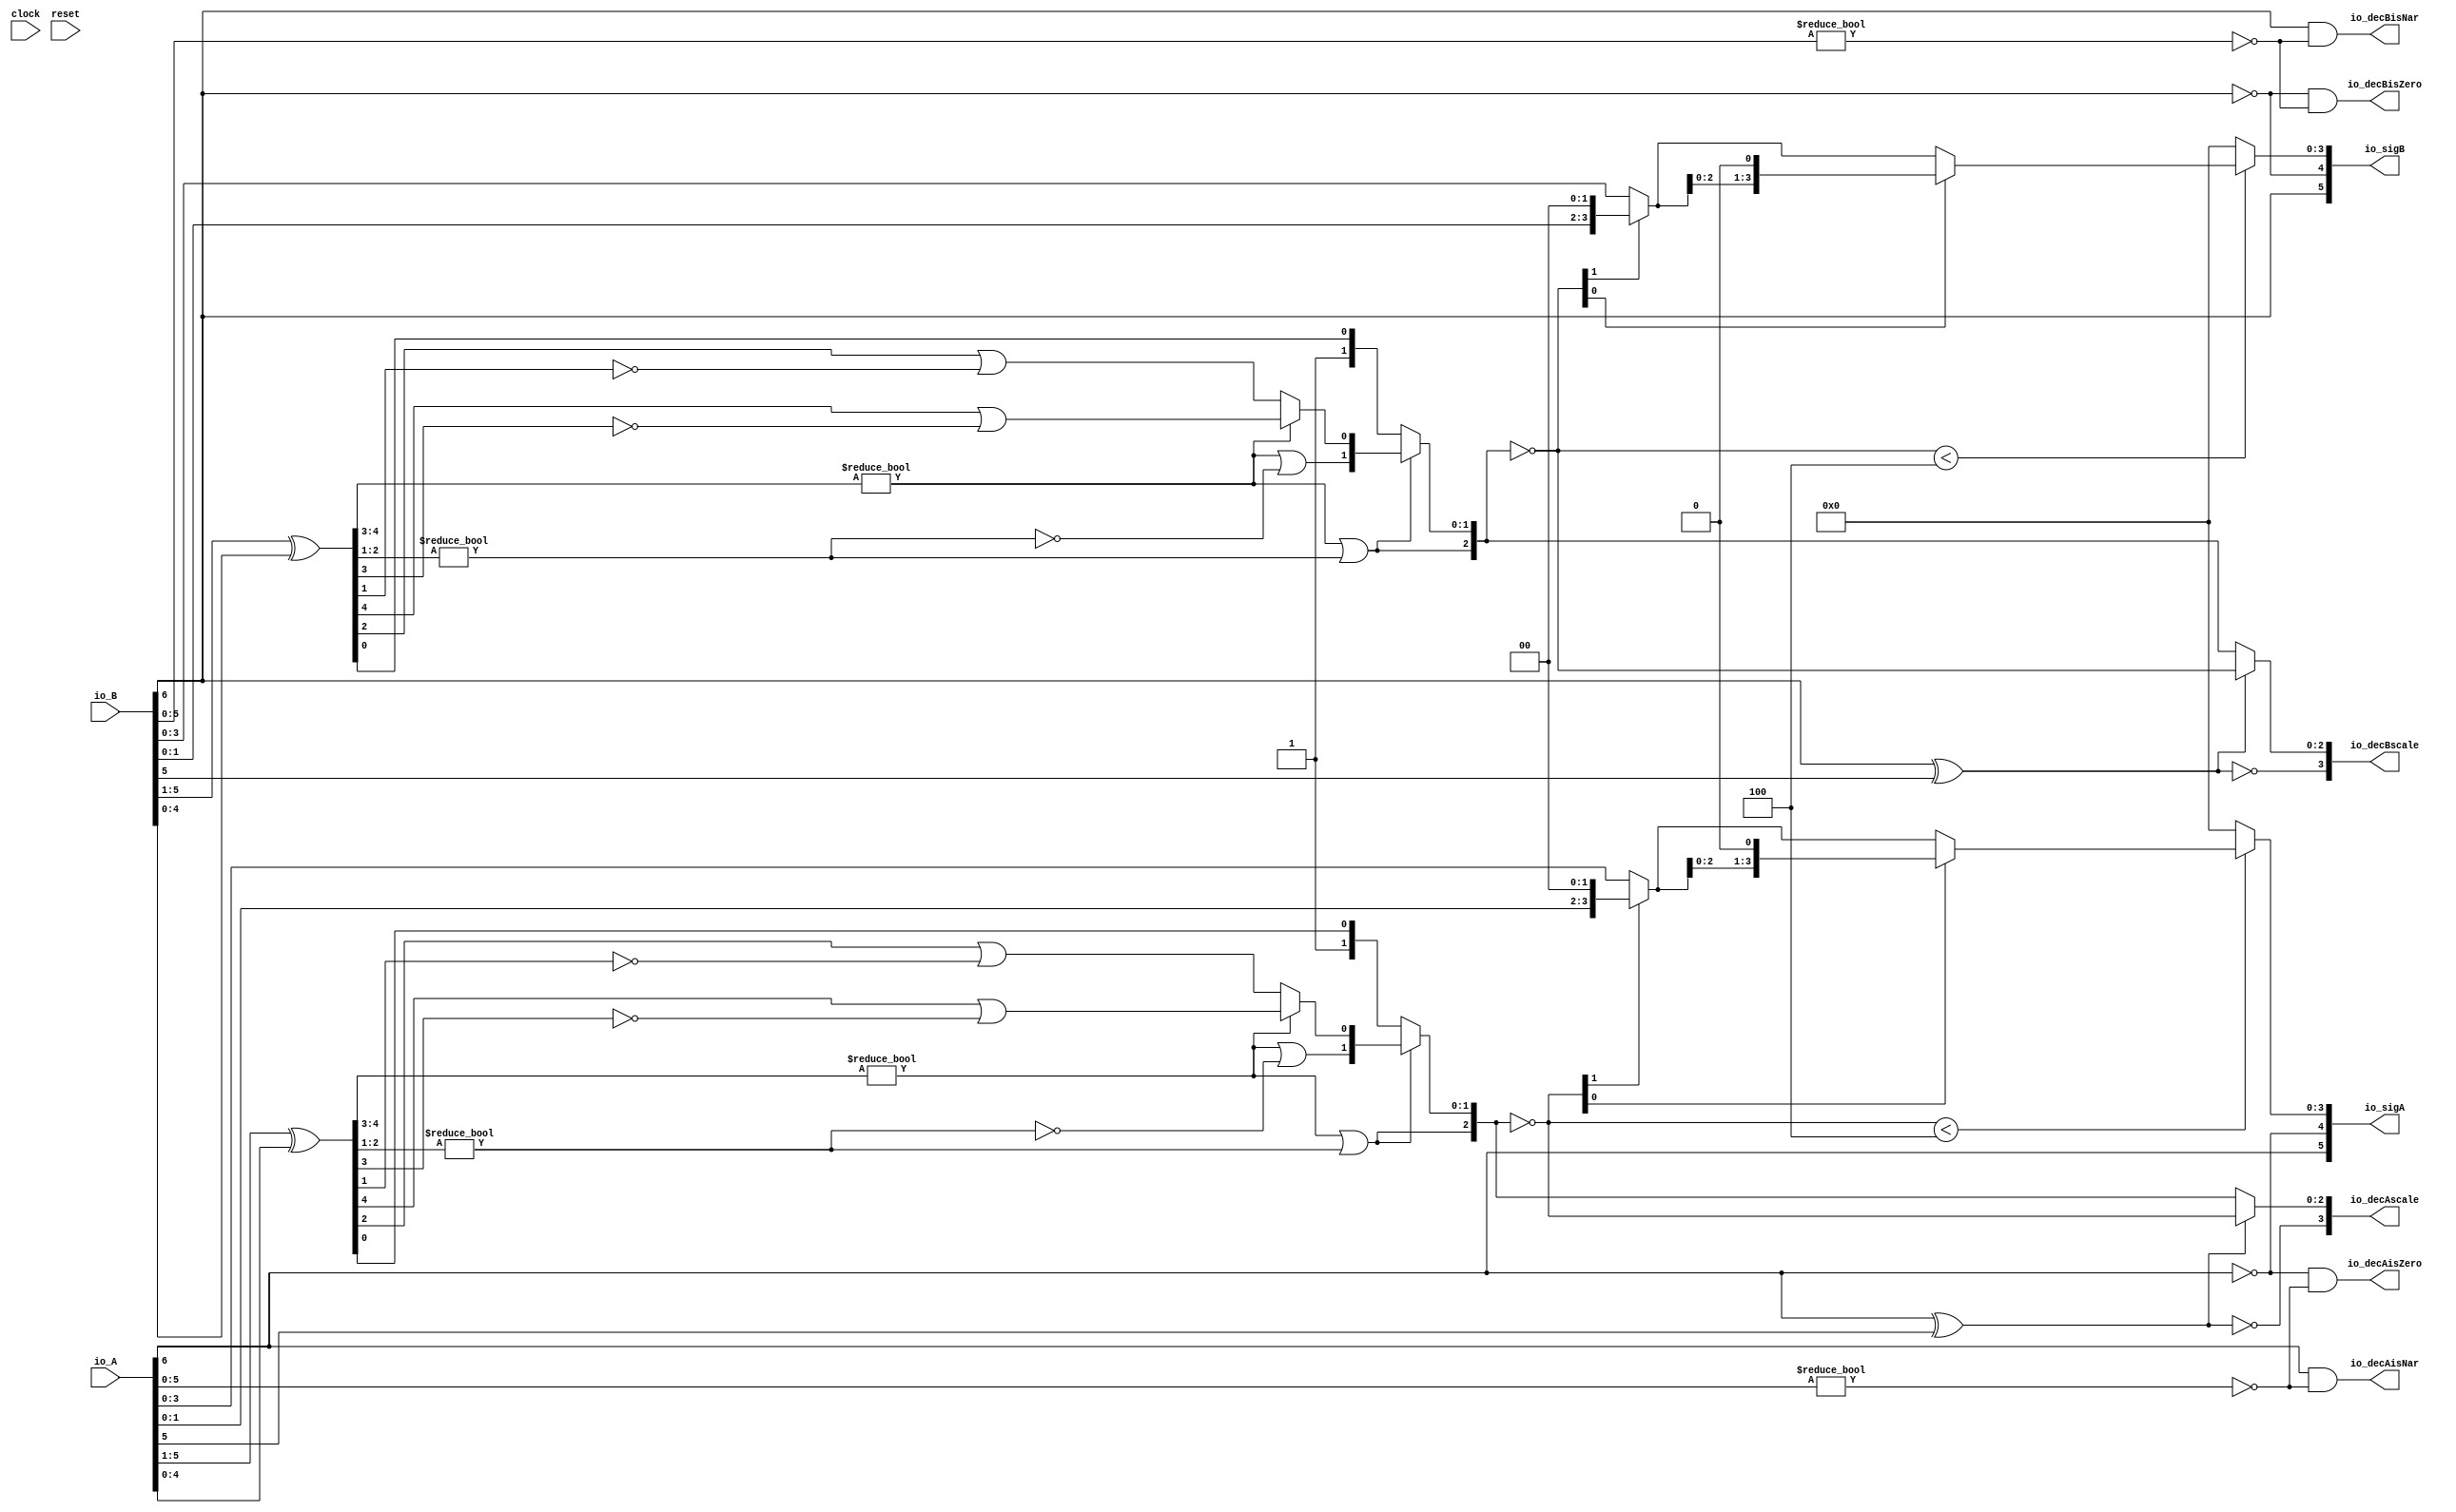
module PositMulDec7_0(
  input        clock,
  input        reset,
  input  [6:0] io_A,
  input  [6:0] io_B,
  output [5:0] io_sigA,
  output [5:0] io_sigB,
  output [3:0] io_decAscale,
  output [3:0] io_decBscale,
  output       io_decAisNar,
  output       io_decBisNar,
  output       io_decAisZero,
  output       io_decBisZero
);
  wire  _T_1; // @[convert.scala 18:24]
  wire  _T_2; // @[convert.scala 18:40]
  wire  _T_3; // @[convert.scala 18:36]
  wire [4:0] _T_4; // @[convert.scala 19:24]
  wire [4:0] _T_5; // @[convert.scala 19:43]
  wire [4:0] _T_6; // @[convert.scala 19:39]
  wire [3:0] _T_7; // @[LZD.scala 43:32]
  wire [1:0] _T_8; // @[LZD.scala 43:32]
  wire  _T_9; // @[LZD.scala 39:14]
  wire  _T_10; // @[LZD.scala 39:21]
  wire  _T_11; // @[LZD.scala 39:30]
  wire  _T_12; // @[LZD.scala 39:27]
  wire  _T_13; // @[LZD.scala 39:25]
  wire [1:0] _T_14; // @[Cat.scala 29:58]
  wire [1:0] _T_15; // @[LZD.scala 44:32]
  wire  _T_16; // @[LZD.scala 39:14]
  wire  _T_17; // @[LZD.scala 39:21]
  wire  _T_18; // @[LZD.scala 39:30]
  wire  _T_19; // @[LZD.scala 39:27]
  wire  _T_20; // @[LZD.scala 39:25]
  wire [1:0] _T_21; // @[Cat.scala 29:58]
  wire  _T_22; // @[Shift.scala 12:21]
  wire  _T_23; // @[Shift.scala 12:21]
  wire  _T_24; // @[LZD.scala 49:16]
  wire  _T_25; // @[LZD.scala 49:27]
  wire  _T_26; // @[LZD.scala 49:25]
  wire  _T_27; // @[LZD.scala 49:47]
  wire  _T_28; // @[LZD.scala 49:59]
  wire  _T_29; // @[LZD.scala 49:35]
  wire [2:0] _T_31; // @[Cat.scala 29:58]
  wire  _T_32; // @[LZD.scala 44:32]
  wire  _T_34; // @[Shift.scala 12:21]
  wire [1:0] _T_36; // @[Cat.scala 29:58]
  wire [1:0] _T_37; // @[LZD.scala 55:32]
  wire [1:0] _T_38; // @[LZD.scala 55:20]
  wire [2:0] _T_39; // @[Cat.scala 29:58]
  wire [2:0] _T_40; // @[convert.scala 21:22]
  wire [3:0] _T_41; // @[convert.scala 22:36]
  wire  _T_42; // @[Shift.scala 16:24]
  wire [1:0] _T_43; // @[Shift.scala 17:37]
  wire  _T_44; // @[Shift.scala 12:21]
  wire [1:0] _T_45; // @[Shift.scala 64:52]
  wire [3:0] _T_47; // @[Cat.scala 29:58]
  wire [3:0] _T_48; // @[Shift.scala 64:27]
  wire  _T_49; // @[Shift.scala 66:70]
  wire [2:0] _T_51; // @[Shift.scala 64:52]
  wire [3:0] _T_52; // @[Cat.scala 29:58]
  wire [3:0] _T_53; // @[Shift.scala 64:27]
  wire [3:0] decA_fraction; // @[Shift.scala 16:10]
  wire  _T_57; // @[convert.scala 25:26]
  wire [2:0] _T_59; // @[convert.scala 25:42]
  wire [3:0] _T_60; // @[Cat.scala 29:58]
  wire [5:0] _T_62; // @[convert.scala 29:56]
  wire  _T_63; // @[convert.scala 29:60]
  wire  _T_64; // @[convert.scala 29:41]
  wire  _T_67; // @[convert.scala 30:19]
  wire  _T_76; // @[convert.scala 18:24]
  wire  _T_77; // @[convert.scala 18:40]
  wire  _T_78; // @[convert.scala 18:36]
  wire [4:0] _T_79; // @[convert.scala 19:24]
  wire [4:0] _T_80; // @[convert.scala 19:43]
  wire [4:0] _T_81; // @[convert.scala 19:39]
  wire [3:0] _T_82; // @[LZD.scala 43:32]
  wire [1:0] _T_83; // @[LZD.scala 43:32]
  wire  _T_84; // @[LZD.scala 39:14]
  wire  _T_85; // @[LZD.scala 39:21]
  wire  _T_86; // @[LZD.scala 39:30]
  wire  _T_87; // @[LZD.scala 39:27]
  wire  _T_88; // @[LZD.scala 39:25]
  wire [1:0] _T_89; // @[Cat.scala 29:58]
  wire [1:0] _T_90; // @[LZD.scala 44:32]
  wire  _T_91; // @[LZD.scala 39:14]
  wire  _T_92; // @[LZD.scala 39:21]
  wire  _T_93; // @[LZD.scala 39:30]
  wire  _T_94; // @[LZD.scala 39:27]
  wire  _T_95; // @[LZD.scala 39:25]
  wire [1:0] _T_96; // @[Cat.scala 29:58]
  wire  _T_97; // @[Shift.scala 12:21]
  wire  _T_98; // @[Shift.scala 12:21]
  wire  _T_99; // @[LZD.scala 49:16]
  wire  _T_100; // @[LZD.scala 49:27]
  wire  _T_101; // @[LZD.scala 49:25]
  wire  _T_102; // @[LZD.scala 49:47]
  wire  _T_103; // @[LZD.scala 49:59]
  wire  _T_104; // @[LZD.scala 49:35]
  wire [2:0] _T_106; // @[Cat.scala 29:58]
  wire  _T_107; // @[LZD.scala 44:32]
  wire  _T_109; // @[Shift.scala 12:21]
  wire [1:0] _T_111; // @[Cat.scala 29:58]
  wire [1:0] _T_112; // @[LZD.scala 55:32]
  wire [1:0] _T_113; // @[LZD.scala 55:20]
  wire [2:0] _T_114; // @[Cat.scala 29:58]
  wire [2:0] _T_115; // @[convert.scala 21:22]
  wire [3:0] _T_116; // @[convert.scala 22:36]
  wire  _T_117; // @[Shift.scala 16:24]
  wire [1:0] _T_118; // @[Shift.scala 17:37]
  wire  _T_119; // @[Shift.scala 12:21]
  wire [1:0] _T_120; // @[Shift.scala 64:52]
  wire [3:0] _T_122; // @[Cat.scala 29:58]
  wire [3:0] _T_123; // @[Shift.scala 64:27]
  wire  _T_124; // @[Shift.scala 66:70]
  wire [2:0] _T_126; // @[Shift.scala 64:52]
  wire [3:0] _T_127; // @[Cat.scala 29:58]
  wire [3:0] _T_128; // @[Shift.scala 64:27]
  wire [3:0] decB_fraction; // @[Shift.scala 16:10]
  wire  _T_132; // @[convert.scala 25:26]
  wire [2:0] _T_134; // @[convert.scala 25:42]
  wire [3:0] _T_135; // @[Cat.scala 29:58]
  wire [5:0] _T_137; // @[convert.scala 29:56]
  wire  _T_138; // @[convert.scala 29:60]
  wire  _T_139; // @[convert.scala 29:41]
  wire  _T_142; // @[convert.scala 30:19]
  wire  _T_150; // @[PositMulDec.scala 31:34]
  wire [5:0] _T_152; // @[Cat.scala 29:58]
  wire  _T_154; // @[PositMulDec.scala 32:34]
  wire [5:0] _T_156; // @[Cat.scala 29:58]
  assign _T_1 = io_A[6]; // @[convert.scala 18:24]
  assign _T_2 = io_A[5]; // @[convert.scala 18:40]
  assign _T_3 = _T_1 ^ _T_2; // @[convert.scala 18:36]
  assign _T_4 = io_A[5:1]; // @[convert.scala 19:24]
  assign _T_5 = io_A[4:0]; // @[convert.scala 19:43]
  assign _T_6 = _T_4 ^ _T_5; // @[convert.scala 19:39]
  assign _T_7 = _T_6[4:1]; // @[LZD.scala 43:32]
  assign _T_8 = _T_7[3:2]; // @[LZD.scala 43:32]
  assign _T_9 = _T_8 != 2'h0; // @[LZD.scala 39:14]
  assign _T_10 = _T_8[1]; // @[LZD.scala 39:21]
  assign _T_11 = _T_8[0]; // @[LZD.scala 39:30]
  assign _T_12 = ~ _T_11; // @[LZD.scala 39:27]
  assign _T_13 = _T_10 | _T_12; // @[LZD.scala 39:25]
  assign _T_14 = {_T_9,_T_13}; // @[Cat.scala 29:58]
  assign _T_15 = _T_7[1:0]; // @[LZD.scala 44:32]
  assign _T_16 = _T_15 != 2'h0; // @[LZD.scala 39:14]
  assign _T_17 = _T_15[1]; // @[LZD.scala 39:21]
  assign _T_18 = _T_15[0]; // @[LZD.scala 39:30]
  assign _T_19 = ~ _T_18; // @[LZD.scala 39:27]
  assign _T_20 = _T_17 | _T_19; // @[LZD.scala 39:25]
  assign _T_21 = {_T_16,_T_20}; // @[Cat.scala 29:58]
  assign _T_22 = _T_14[1]; // @[Shift.scala 12:21]
  assign _T_23 = _T_21[1]; // @[Shift.scala 12:21]
  assign _T_24 = _T_22 | _T_23; // @[LZD.scala 49:16]
  assign _T_25 = ~ _T_23; // @[LZD.scala 49:27]
  assign _T_26 = _T_22 | _T_25; // @[LZD.scala 49:25]
  assign _T_27 = _T_14[0:0]; // @[LZD.scala 49:47]
  assign _T_28 = _T_21[0:0]; // @[LZD.scala 49:59]
  assign _T_29 = _T_22 ? _T_27 : _T_28; // @[LZD.scala 49:35]
  assign _T_31 = {_T_24,_T_26,_T_29}; // @[Cat.scala 29:58]
  assign _T_32 = _T_6[0:0]; // @[LZD.scala 44:32]
  assign _T_34 = _T_31[2]; // @[Shift.scala 12:21]
  assign _T_36 = {1'h1,_T_32}; // @[Cat.scala 29:58]
  assign _T_37 = _T_31[1:0]; // @[LZD.scala 55:32]
  assign _T_38 = _T_34 ? _T_37 : _T_36; // @[LZD.scala 55:20]
  assign _T_39 = {_T_34,_T_38}; // @[Cat.scala 29:58]
  assign _T_40 = ~ _T_39; // @[convert.scala 21:22]
  assign _T_41 = io_A[3:0]; // @[convert.scala 22:36]
  assign _T_42 = _T_40 < 3'h4; // @[Shift.scala 16:24]
  assign _T_43 = _T_40[1:0]; // @[Shift.scala 17:37]
  assign _T_44 = _T_43[1]; // @[Shift.scala 12:21]
  assign _T_45 = _T_41[1:0]; // @[Shift.scala 64:52]
  assign _T_47 = {_T_45,2'h0}; // @[Cat.scala 29:58]
  assign _T_48 = _T_44 ? _T_47 : _T_41; // @[Shift.scala 64:27]
  assign _T_49 = _T_43[0:0]; // @[Shift.scala 66:70]
  assign _T_51 = _T_48[2:0]; // @[Shift.scala 64:52]
  assign _T_52 = {_T_51,1'h0}; // @[Cat.scala 29:58]
  assign _T_53 = _T_49 ? _T_52 : _T_48; // @[Shift.scala 64:27]
  assign decA_fraction = _T_42 ? _T_53 : 4'h0; // @[Shift.scala 16:10]
  assign _T_57 = _T_3 == 1'h0; // @[convert.scala 25:26]
  assign _T_59 = _T_3 ? _T_40 : _T_39; // @[convert.scala 25:42]
  assign _T_60 = {_T_57,_T_59}; // @[Cat.scala 29:58]
  assign _T_62 = io_A[5:0]; // @[convert.scala 29:56]
  assign _T_63 = _T_62 != 6'h0; // @[convert.scala 29:60]
  assign _T_64 = ~ _T_63; // @[convert.scala 29:41]
  assign _T_67 = _T_1 == 1'h0; // @[convert.scala 30:19]
  assign _T_76 = io_B[6]; // @[convert.scala 18:24]
  assign _T_77 = io_B[5]; // @[convert.scala 18:40]
  assign _T_78 = _T_76 ^ _T_77; // @[convert.scala 18:36]
  assign _T_79 = io_B[5:1]; // @[convert.scala 19:24]
  assign _T_80 = io_B[4:0]; // @[convert.scala 19:43]
  assign _T_81 = _T_79 ^ _T_80; // @[convert.scala 19:39]
  assign _T_82 = _T_81[4:1]; // @[LZD.scala 43:32]
  assign _T_83 = _T_82[3:2]; // @[LZD.scala 43:32]
  assign _T_84 = _T_83 != 2'h0; // @[LZD.scala 39:14]
  assign _T_85 = _T_83[1]; // @[LZD.scala 39:21]
  assign _T_86 = _T_83[0]; // @[LZD.scala 39:30]
  assign _T_87 = ~ _T_86; // @[LZD.scala 39:27]
  assign _T_88 = _T_85 | _T_87; // @[LZD.scala 39:25]
  assign _T_89 = {_T_84,_T_88}; // @[Cat.scala 29:58]
  assign _T_90 = _T_82[1:0]; // @[LZD.scala 44:32]
  assign _T_91 = _T_90 != 2'h0; // @[LZD.scala 39:14]
  assign _T_92 = _T_90[1]; // @[LZD.scala 39:21]
  assign _T_93 = _T_90[0]; // @[LZD.scala 39:30]
  assign _T_94 = ~ _T_93; // @[LZD.scala 39:27]
  assign _T_95 = _T_92 | _T_94; // @[LZD.scala 39:25]
  assign _T_96 = {_T_91,_T_95}; // @[Cat.scala 29:58]
  assign _T_97 = _T_89[1]; // @[Shift.scala 12:21]
  assign _T_98 = _T_96[1]; // @[Shift.scala 12:21]
  assign _T_99 = _T_97 | _T_98; // @[LZD.scala 49:16]
  assign _T_100 = ~ _T_98; // @[LZD.scala 49:27]
  assign _T_101 = _T_97 | _T_100; // @[LZD.scala 49:25]
  assign _T_102 = _T_89[0:0]; // @[LZD.scala 49:47]
  assign _T_103 = _T_96[0:0]; // @[LZD.scala 49:59]
  assign _T_104 = _T_97 ? _T_102 : _T_103; // @[LZD.scala 49:35]
  assign _T_106 = {_T_99,_T_101,_T_104}; // @[Cat.scala 29:58]
  assign _T_107 = _T_81[0:0]; // @[LZD.scala 44:32]
  assign _T_109 = _T_106[2]; // @[Shift.scala 12:21]
  assign _T_111 = {1'h1,_T_107}; // @[Cat.scala 29:58]
  assign _T_112 = _T_106[1:0]; // @[LZD.scala 55:32]
  assign _T_113 = _T_109 ? _T_112 : _T_111; // @[LZD.scala 55:20]
  assign _T_114 = {_T_109,_T_113}; // @[Cat.scala 29:58]
  assign _T_115 = ~ _T_114; // @[convert.scala 21:22]
  assign _T_116 = io_B[3:0]; // @[convert.scala 22:36]
  assign _T_117 = _T_115 < 3'h4; // @[Shift.scala 16:24]
  assign _T_118 = _T_115[1:0]; // @[Shift.scala 17:37]
  assign _T_119 = _T_118[1]; // @[Shift.scala 12:21]
  assign _T_120 = _T_116[1:0]; // @[Shift.scala 64:52]
  assign _T_122 = {_T_120,2'h0}; // @[Cat.scala 29:58]
  assign _T_123 = _T_119 ? _T_122 : _T_116; // @[Shift.scala 64:27]
  assign _T_124 = _T_118[0:0]; // @[Shift.scala 66:70]
  assign _T_126 = _T_123[2:0]; // @[Shift.scala 64:52]
  assign _T_127 = {_T_126,1'h0}; // @[Cat.scala 29:58]
  assign _T_128 = _T_124 ? _T_127 : _T_123; // @[Shift.scala 64:27]
  assign decB_fraction = _T_117 ? _T_128 : 4'h0; // @[Shift.scala 16:10]
  assign _T_132 = _T_78 == 1'h0; // @[convert.scala 25:26]
  assign _T_134 = _T_78 ? _T_115 : _T_114; // @[convert.scala 25:42]
  assign _T_135 = {_T_132,_T_134}; // @[Cat.scala 29:58]
  assign _T_137 = io_B[5:0]; // @[convert.scala 29:56]
  assign _T_138 = _T_137 != 6'h0; // @[convert.scala 29:60]
  assign _T_139 = ~ _T_138; // @[convert.scala 29:41]
  assign _T_142 = _T_76 == 1'h0; // @[convert.scala 30:19]
  assign _T_150 = ~ _T_1; // @[PositMulDec.scala 31:34]
  assign _T_152 = {_T_1,_T_150,decA_fraction}; // @[Cat.scala 29:58]
  assign _T_154 = ~ _T_76; // @[PositMulDec.scala 32:34]
  assign _T_156 = {_T_76,_T_154,decB_fraction}; // @[Cat.scala 29:58]
  assign io_sigA = $signed(_T_152); // @[PositMulDec.scala 31:16]
  assign io_sigB = $signed(_T_156); // @[PositMulDec.scala 32:16]
  assign io_decAscale = $signed(_T_60); // @[PositMulDec.scala 33:16]
  assign io_decBscale = $signed(_T_135); // @[PositMulDec.scala 34:16]
  assign io_decAisNar = _T_1 & _T_64; // @[PositMulDec.scala 35:16]
  assign io_decBisNar = _T_76 & _T_139; // @[PositMulDec.scala 36:16]
  assign io_decAisZero = _T_67 & _T_64; // @[PositMulDec.scala 37:17]
  assign io_decBisZero = _T_142 & _T_139; // @[PositMulDec.scala 38:17]
endmodule